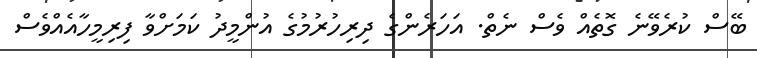
ބޭސް ކުރެވޭނެ ގޮތެއް ވެސް ނެތް. އަހަރެންގެ ދިރިހުރުމުގެ އުންމީދު ކަމަށްވާ ފިރިމީހާއެއްވެސް